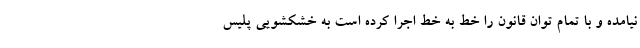
نیامده و با تمام توان قانون را خط به خط اجرا کرده است به خشکشویی پلیس